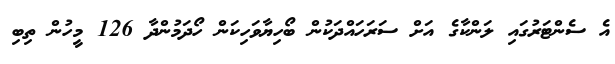
އެ ސެންޓަރުގައި ލަންކާގެ އަށް ސަރަހައްދަކުން ބޯހިޔާވަހިކަން ހޯދަމުންދާ 126 މީހުން ތިބި